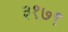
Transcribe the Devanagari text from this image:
३१७९